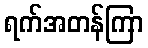
ရက်အတန်ကြာ